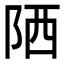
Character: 䧈